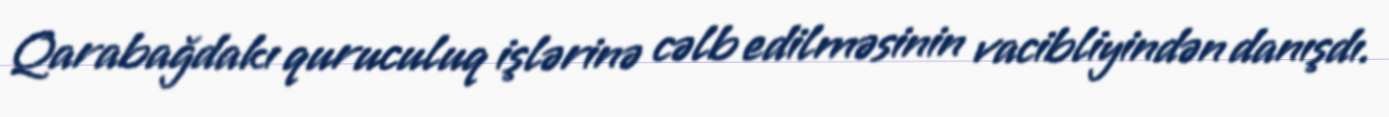
Qarabağdakı quruculuq işlərinə cəlb edilməsinin vacibliyindən danışdı.